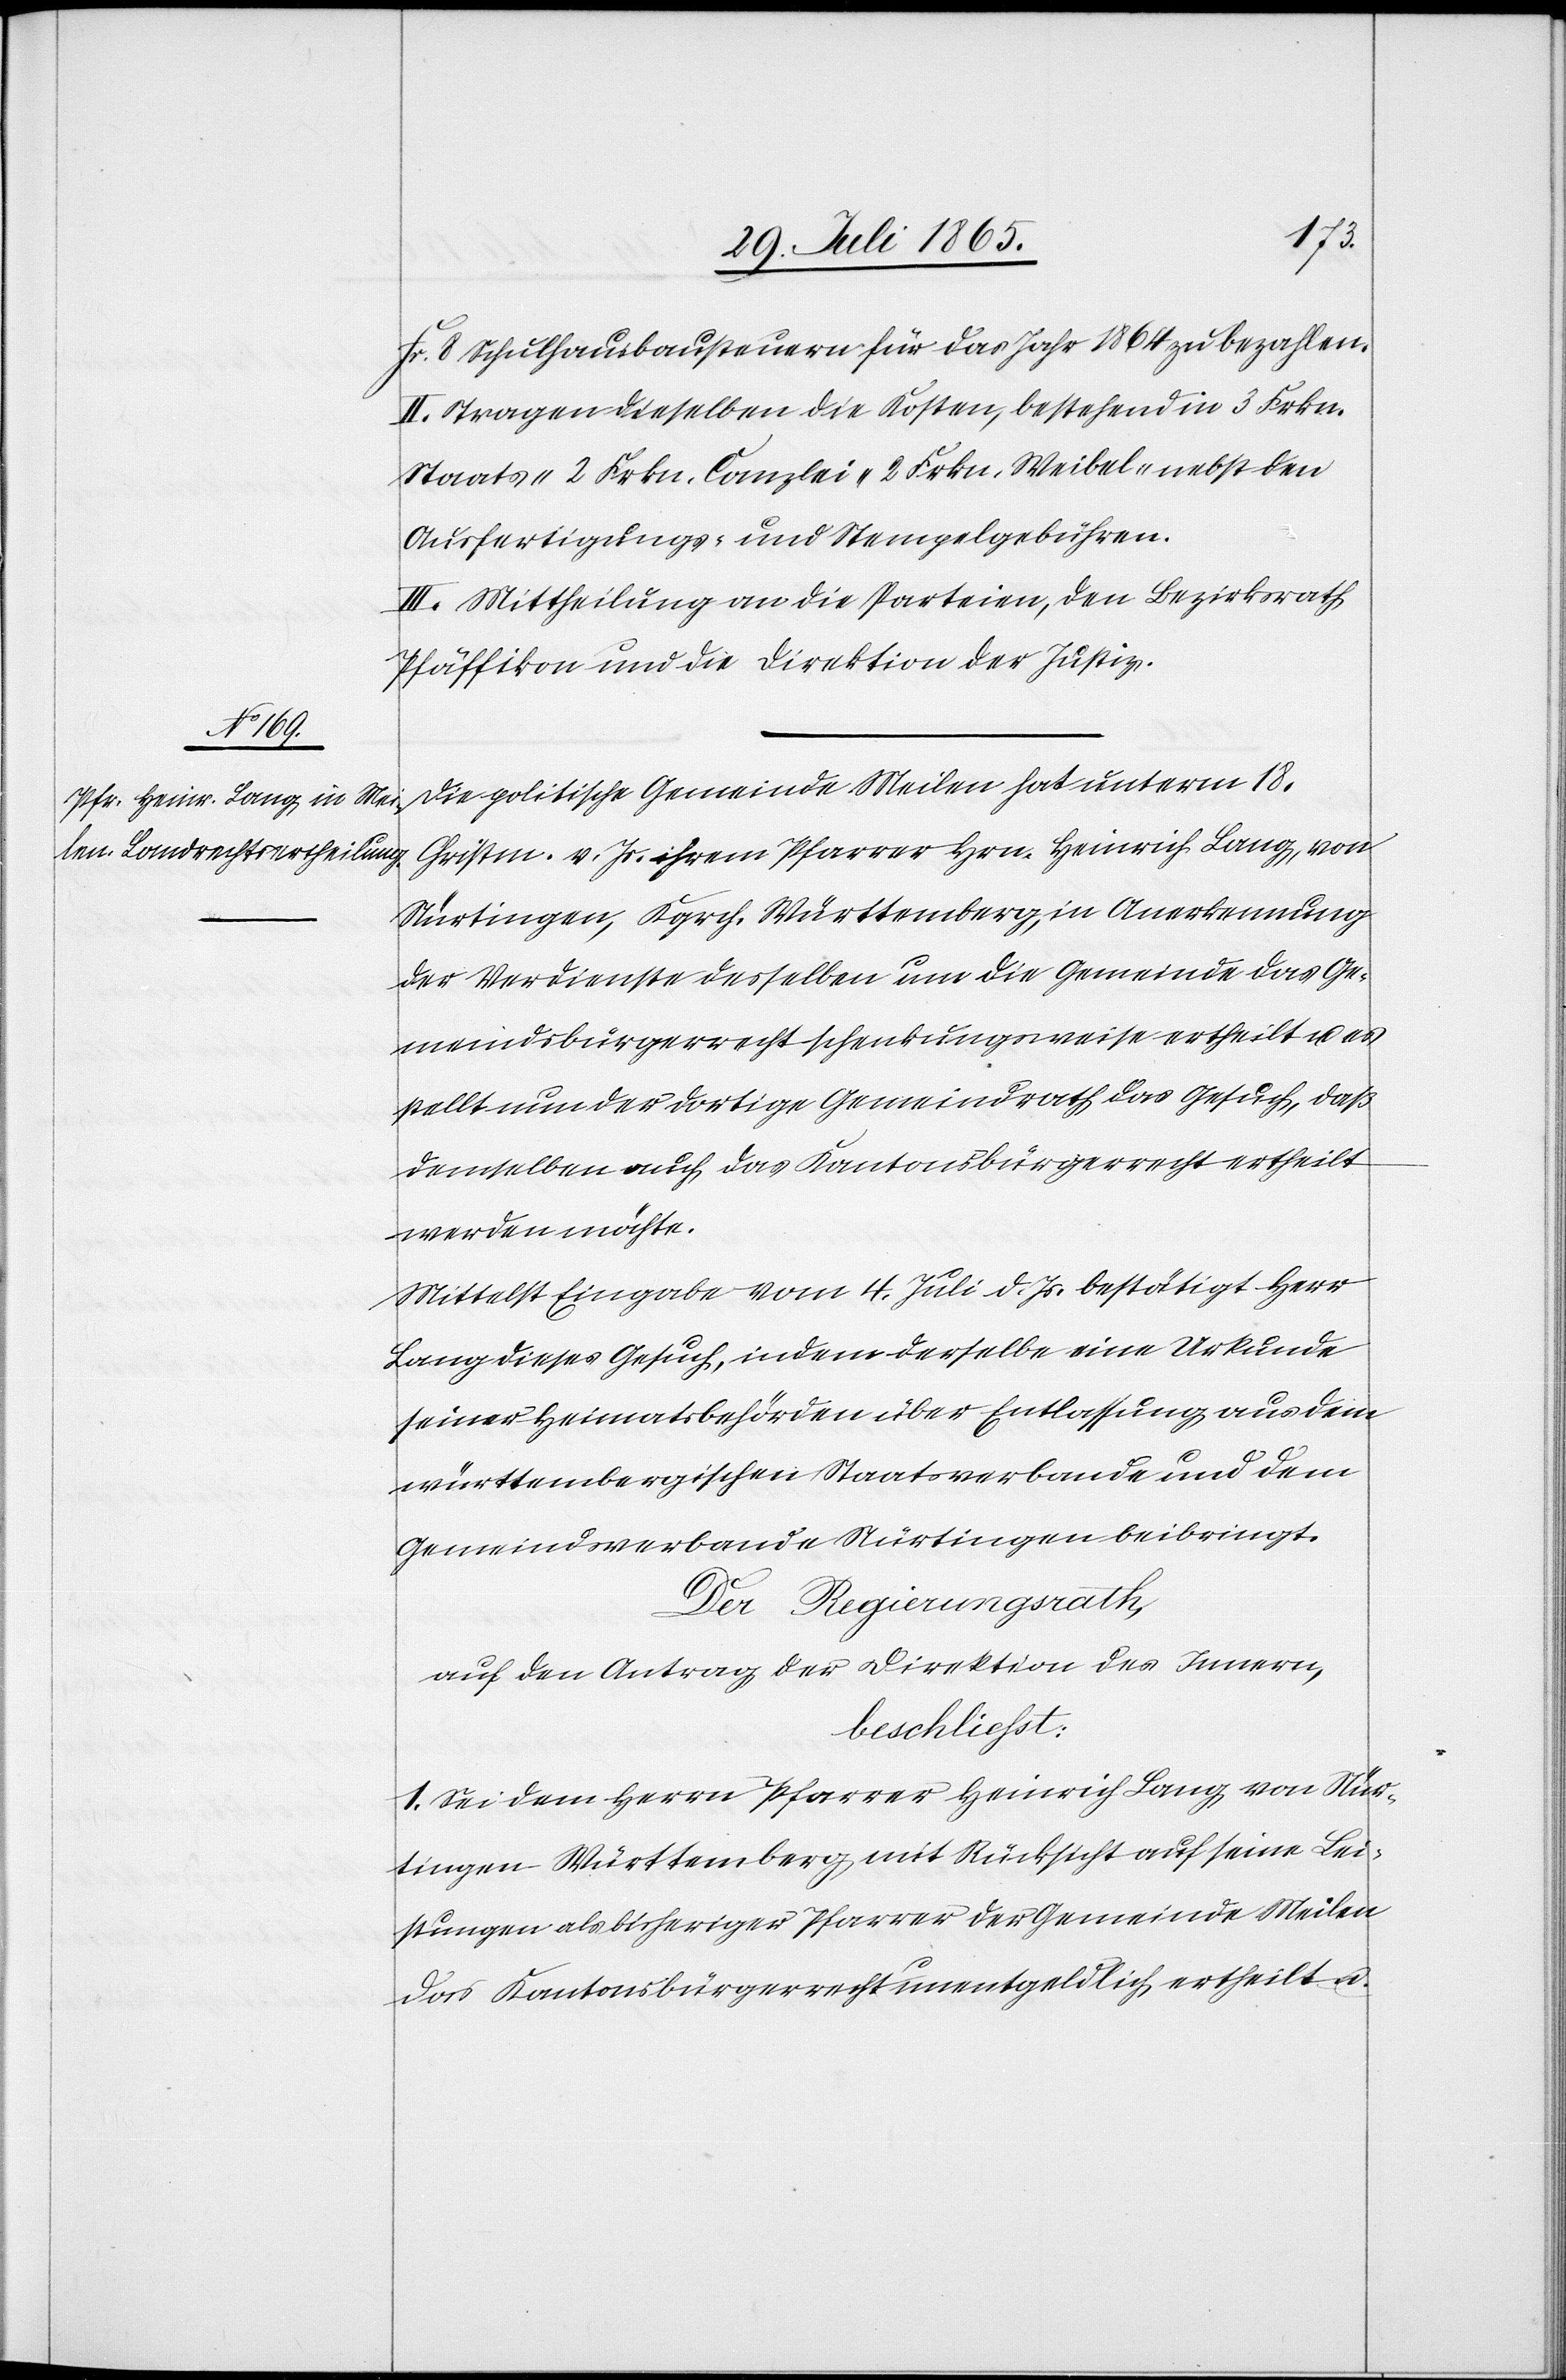
Fr. 8 Schulhausbausteuern für das Jahr 1864 zu bezahlen.
II. Tragen dieselben die Kosten, bestehend in 3 Frkn.
Staats-[,] 2 Frkn. Canzlei-[,] 2 Frkn. Weibel- nebst den
Ausfertigungs- und Stempelgebühren.
III. Mittheilung an die Parteien, den Bezirksrath
Pfäffikon und die Direktion der Justiz.
Die politische Gemeinde Meilen hat unterm 18.
Christm. v. Js. ihrem Pfarrer Hrn. Heinrich Lang, von
Nürtingen, Kgrch. Württemberg, in Anerkennung
der Verdienste desselben um die Gemeinde das Ge¬
meindsbürgerrecht schenkungsweise ertheilt u. es
stellt nun der dortige Gemeindrath das Gesuch, daß
demselben auch das Kantonsbürgerrecht ertheilt
werden möchte.
Mittelst Eingabe vom 4. Juli d. Js. bestätigt Herr
Lang dieses Gesuch, indem derselbe eine Urkunde
seiner Heimatsbehörden über Entlassung aus dem
württembergischen Staatsverbande und dem
Gemeindsverbande Nürtingen beibringt.
Der Regierungsrath,
auf den Antrag der Direktion des Innern,
beschliesst:
1. Sei dem Herrn Pfarrer Heinrich Lang von Nür¬
tingen Württemberg mit Rücksicht auf seine Lei¬
stungen als bisheriger Pfarrer der Gemeinde Meilen
das Kantonsbürgerrecht unentgeldlich ertheilt u.